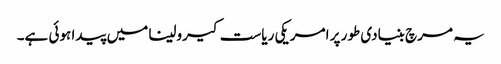
یہ مرچ بنیادی طور پر امریکی ریاست کیرولینا میں پیدا ہوئی ہے۔